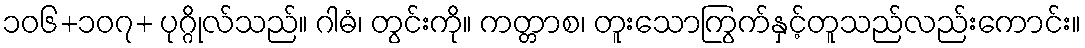
၁၀၆+၁၀၇+ ပုဂ္ဂိုလ်သည်။ ဂါဓံ၊ တွင်းကို။ ကတ္တာစ၊ တူးသောကြွက်နှင့်တူသည်လည်းကောင်း။